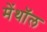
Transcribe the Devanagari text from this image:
मेंथॉल